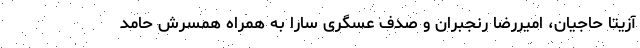
آزیتا حاجیان، امیررضا رنجبران و صدف عسگری سارا به همراه همسرش حامد